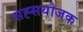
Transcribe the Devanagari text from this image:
सह्सयोजक